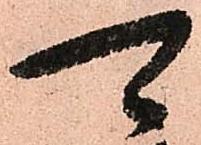
可